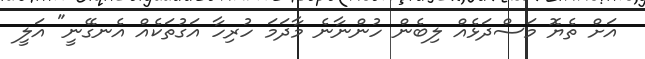
އަށް ތެޔޮ މަސްދަޅެއް ލިބެން ހުންނާނެ މާދަމަ ހުރިހާ އަގުތަކެއް އެނގޭނީ" އަލީ